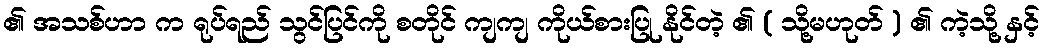
၏ အသစ်ဟာ က ရုပ်ရည် သွင်ပြင်ကို စတိုင် ကျကျ ကိုယ်စားပြု နိုင်တဲ့ ၏ ( သို့မဟုတ် ) ၏ ကဲ့သို့ နှင့်